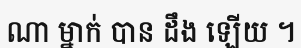
ណា ម្នាក់ បាន ដឹង ឡើយ ។